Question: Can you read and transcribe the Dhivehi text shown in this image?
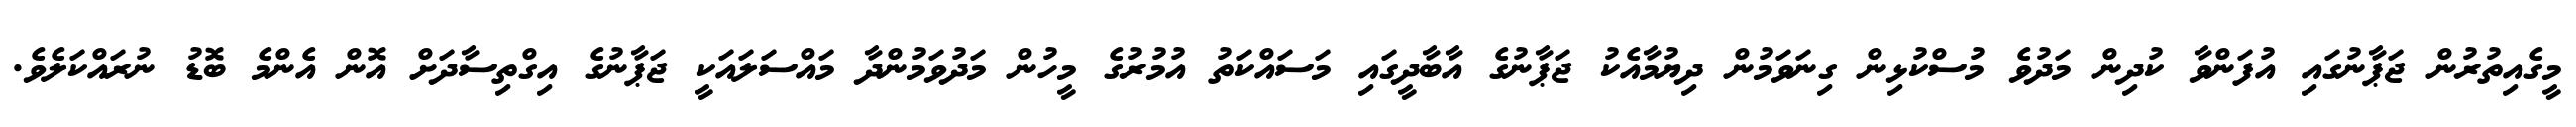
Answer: މީގެއިތުރުން ޖަޕާނުގައި އުފަންވާ ކުދިން މަދުވެ މުސްކުޅިން ގިނަވަމުން ދިޔުމާއެކު ޖަޕާނުގެ އާބާދީގައި މަސައްކަތު އުމުރުގެ މީހުން މަދުވަމުންދާ މައްސަލައަކީ ޖަޕާނުގެ އިގްތިސާދަށް އޮން އެންމެ ބޮޑު ނުރައްކަލެވެ.